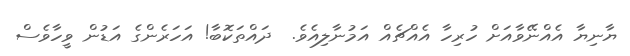
ޔާނިޔާ އެއްނޭވާއަށް ހުރިހާ އެއްޗެއް އަމުނާލިއެވެ.  ދައްތަކޮބާ! އަހަރެންގެ އަޑުން ވީހާވެސް